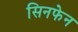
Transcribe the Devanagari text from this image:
सिनफेन